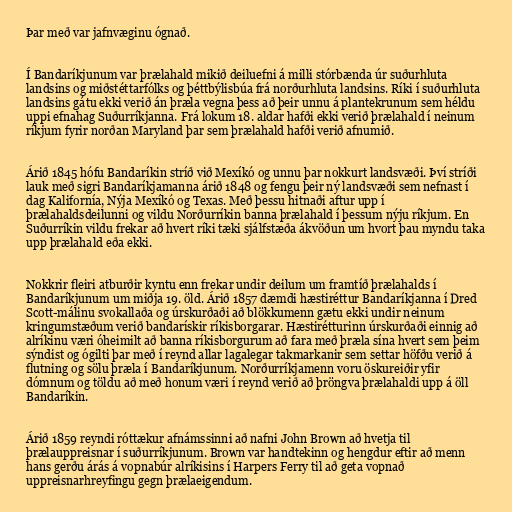
Þar með var jafnvæginu ógnað.

Í Bandaríkjunum var þrælahald mikið deiluefni á milli stórbænda úr suðurhluta
landsins og miðstéttarfólks og þéttbýlisbúa frá norðurhluta landsins. Ríki í suðurhluta
landsins gátu ekki verið án þræla vegna þess að þeir unnu á plantekrunum sem héldu
uppi efnahag Suðurríkjanna. Frá lokum 18. aldar hafði ekki verið þrælahald í neinum
ríkjum fyrir norðan Maryland þar sem þrælahald hafði verið afnumið.

Árið 1845 hófu Bandaríkin stríð við Mexíkó og unnu þar nokkurt landsvæði. Því stríði
lauk með sigri Bandaríkjamanna árið 1848 og fengu þeir ný landsvæði sem nefnast í
dag Kalifornía, Nýja Mexíkó og Texas. Með þessu hitnaði aftur upp í
þrælahaldsdeilunni og vildu Norðurríkin banna þrælahald í þessum nýju ríkjum. En
Suðurríkin vildu frekar að hvert ríki tæki sjálfstæða ákvöðun um hvort þau myndu taka
upp þrælahald eða ekki.

Nokkrir fleiri atburðir kyntu enn frekar undir deilum um framtíð þrælahalds í
Bandaríkjunum um miðja 19. öld. Árið 1857 dæmdi hæstiréttur Bandaríkjanna í Dred
Scott-málinu svokallaða og úrskurðaði að blökkumenn gætu ekki undir neinum
kringumstæðum verið bandarískir ríkisborgarar. Hæstirétturinn úrskurðaði einnig að
alríkinu væri óheimilt að banna ríkisborgurum að fara með þræla sína hvert sem þeim
sýndist og ógilti þar með í reynd allar lagalegar takmarkanir sem settar höfðu verið á
flutning og sölu þræla í Bandaríkjunum. Norðurríkjamenn voru öskureiðir yfir
dómnum og töldu að með honum væri í reynd verið að þröngva þrælahaldi upp á öll
Bandaríkin.

Árið 1859 reyndi róttækur afnámssinni að nafni John Brown að hvetja til
þrælauppreisnar í suðurríkjunum. Brown var handtekinn og hengdur eftir að menn
hans gerðu árás á vopnabúr alríkisins í Harpers Ferry til að geta vopnað
uppreisnarhreyfingu gegn þrælaeigendum.